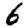
Digit: 6